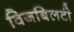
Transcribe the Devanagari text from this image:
विजबिलटी